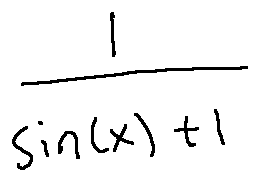
\frac { 1 } { \sin ( x ) + 1 }